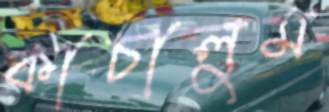
কাচালুম